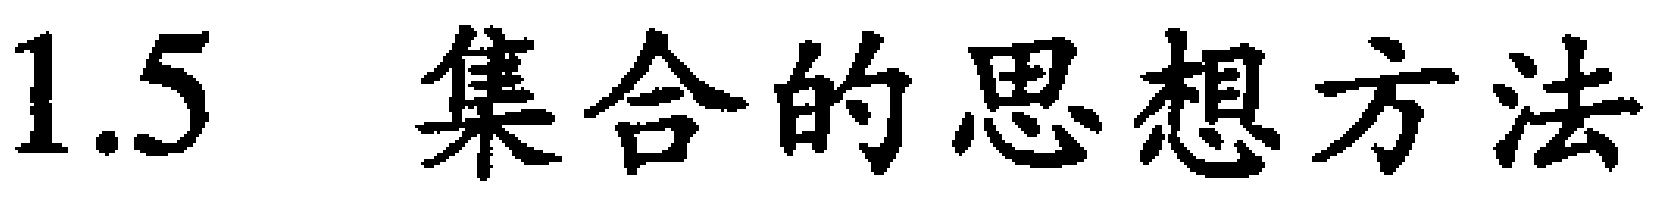
1.5 集合的思想方法